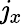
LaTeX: \mathit{j}_{x}